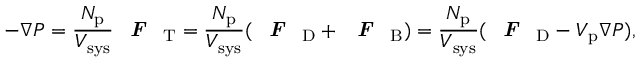
- \nabla P = \frac { N _ { \mathrm { p } } } { V _ { \mathrm { s y s } } } \textbf { \textit { F } } _ { \mathrm { T } } = \frac { N _ { \mathrm { p } } } { V _ { \mathrm { s y s } } } ( \textbf { \textit { F } } _ { \mathrm { D } } + \textbf { \textit { F } } _ { \mathrm { B } } ) = \frac { N _ { \mathrm { p } } } { V _ { \mathrm { s y s } } } ( \textbf { \textit { F } } _ { \mathrm { D } } - V _ { \mathrm { p } } \nabla P ) ,